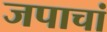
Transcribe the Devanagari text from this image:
जपाचां